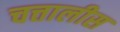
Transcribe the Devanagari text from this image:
चत्तालीस